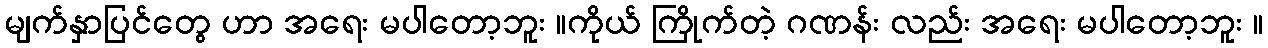
မျက်နှာပြင်တွေ ဟာ အရေး မပါတော့ဘူး ။ကိုယ် ကြိုက်တဲ့ ဂဏန်း လည်း အရေး မပါတော့ဘူး ။